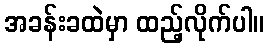
အခန်းခထဲမှာ ထည့်လိုက်ပါ။